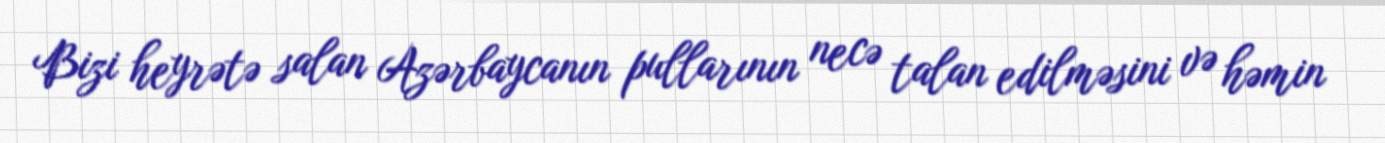
Bizi heyrətə salan Azərbaycanın pullarının necə talan edilməsini və həmin